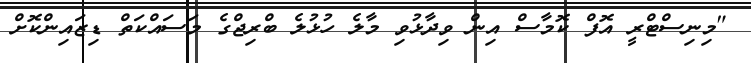
"މިނިސްޓްރީ އޮފް ކޮމާސް އިން ވިދާޅުވި މާލެ ހުޅުލެ ބްރިޖްގެ މަސައްކަތް ޑިޒައިންކޮށް